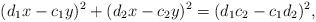
LaTeX: \begin{align*}(d_1x-c_1y)^2+(d_2x-c_2y)^2 = (d_1c_2-c_1d_2)^2,\end{align*}